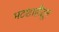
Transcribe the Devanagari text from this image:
भटशाहीतून